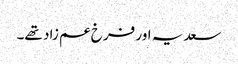
سعدیہ اور فرخ عم زاد تھے۔